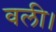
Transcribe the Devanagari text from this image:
वली।